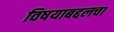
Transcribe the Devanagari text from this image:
विषयाबद्दलचा